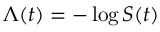
\, \Lambda ( t ) = - \log S ( t )